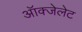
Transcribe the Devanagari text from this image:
ऑक्‍जेलेट